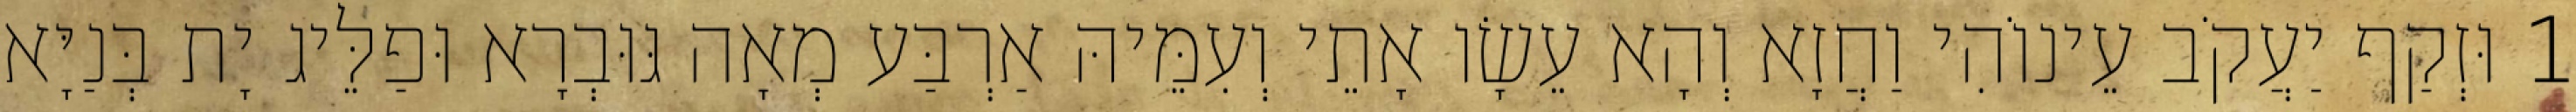
1 וּזְקַף יַעֲקֹב עֵינוֹהִי וַחֲזָא וְהָא עֵשָׂו אָתֵי וְעִמֵּיהּ אַרְבַּע מְאָה גּוּבְרָא וּפַלֵּיג יָת בְּנַיָּא